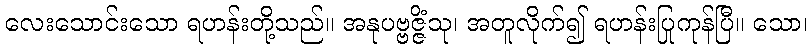
လေးသောင်းသော ရဟန်းတို့သည်။ အနုပဗ္ဗဇ္ဇိံသု၊ အတူလိုက်၍ ရဟန်းပြုကုန်ပြီ။ သော၊